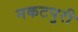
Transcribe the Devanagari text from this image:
नकटपुरी